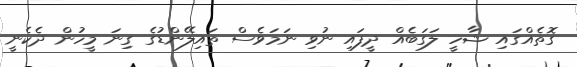
ގޮތެއްގައި ޝާހީ ލަގަބެއް ދީފައި ނުވި ނަމަވެސް ތައިލޭންޑުގެ ގިނަ މީހުން ދެކެނީ